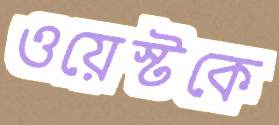
ওয়েস্টকে